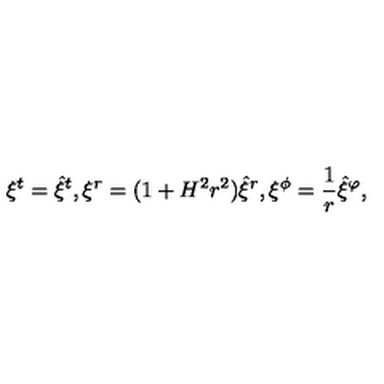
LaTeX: \xi ^ { t } = \hat { \xi } ^ { t } , \xi ^ { r } = ( 1 + H ^ { 2 } r ^ { 2 } ) \hat { \xi } ^ { r } , \xi ^ { \phi } = \frac { 1 } { r } \hat { \xi } ^ { \varphi } ,